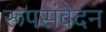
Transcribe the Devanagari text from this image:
रूपसंवेदन